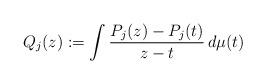
LaTeX: \begin{align*} Q_j(z) := \int \frac{P_{j}(z) - P_{j}(t)}{z-t} \, d\mu(t) \end{align*}